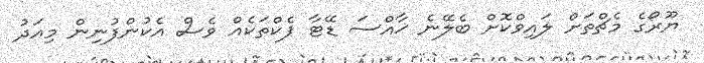
ޔޫރޯގެ މެޗްތަށް ލައިވްކޮށް ބެލޭނެ ޚާއްސަ ޑޭޓާ ޕެކްތަކެއް ވެސް އެކުންފުނިން މިއަދު